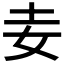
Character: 𡉓